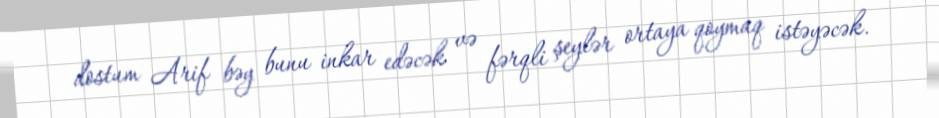
dostum Arif bəy bunu inkar edəcək və fərqli şeylər ortaya qoymaq istəyəcək.